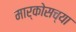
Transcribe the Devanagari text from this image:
मार्कोसच्या